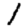
Digit: 1